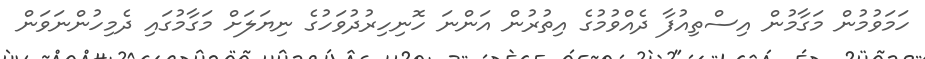
ހަމަވުމުން މަގާމުން އިސްތިއުފާ ދެއްވުމުގެ އިތުރުން އަންނަ ހޮނިހިރުދުވަހުގެ ނިޔަލަށް މަގާމުގައި ދެމިހުންނަވަން